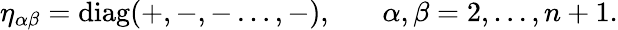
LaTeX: \eta_{\alpha\beta}=\mathrm{diag}(+,-,-\dots,-),~~~\quad\alpha,\beta=2,\dots,n+1.